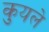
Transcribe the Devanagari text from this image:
कुयले